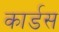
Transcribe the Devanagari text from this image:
कार्डस